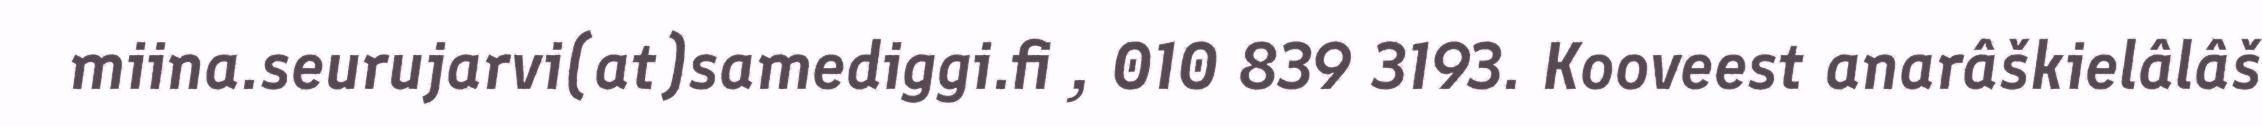
miina.seurujarvi(at)samediggi.fi , 010 839 3193. Kooveest anarâškielâlâš